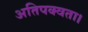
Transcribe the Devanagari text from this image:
अतिपक्वता।